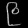
Digit: ၉